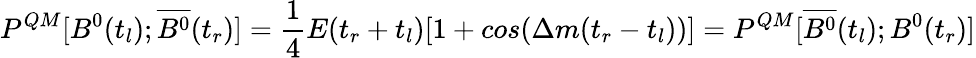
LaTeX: P^{QM}[B^{0}(t_{l});\overline{{{B^{0}}}}(t_{r})]=\frac{1}{4}E(t_{r}+t_{l})[1+cos(\Delta m(t_{r}-t_{l}))]=P^{QM}[\overline{{{B^{0}}}}(t_{l});B^{0}(t_{r})]